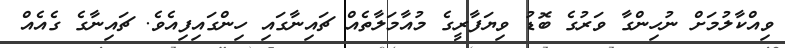
ވިއްކާލުމަށް ނުހިންގާ ވަރުގެ ބޮޑު ވިޔަފާރީގެ މުއާމަލާތެއް ޗައިނާގައި ހިންގައިފިއެވެ. ޗައިނާގެ ގެއެއް